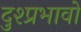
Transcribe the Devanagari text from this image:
दुश्प्रभावो